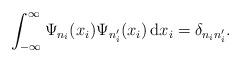
LaTeX: \begin{align*}\int_{-\infty}^{\infty}\Psi_{n_i}(x_i)\Psi_{n_i'}(x_i)\,\mathrm{d}x_i=\delta_{n_in_i'}.\end{align*}